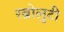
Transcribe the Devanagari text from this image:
रब्रोलुटी